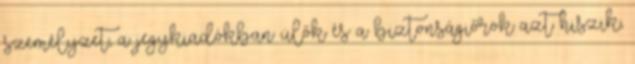
személyzet, a jegykiadókban ülők és a biztonságiőrök azt hiszik,